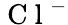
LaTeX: \mathrm{~C~l~}^{-}